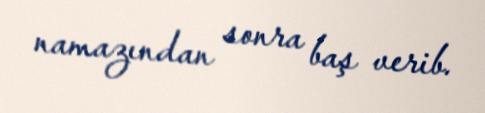
namazından sonra baş verib.